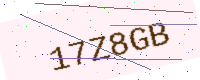
Text: 17Z8GB